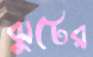
ঝুটের